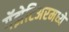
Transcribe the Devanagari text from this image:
गॅझेटिअरमध्ये